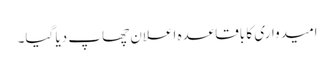
امیدواری کا باقاعدہ اعلان چھاپ دیا گیا۔